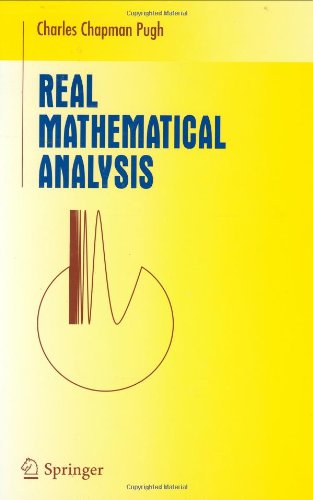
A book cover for Real Mathematical Analysis (Undergraduate Texts in Mathematics); Charles C. Pugh; Science & Math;